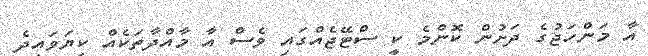
އާ މަންހަޖުގެ ދަށުން ކޮންމެ ކީ ސްޓޭޖެއްގައި ވެސް އާ މާއްދާތަކެއް ކިޔަވައިދެ